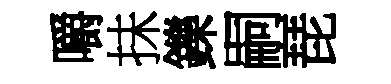
嚼抺鑠嗣琵